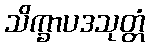
သိက္ခာပဒသုတ္တံ